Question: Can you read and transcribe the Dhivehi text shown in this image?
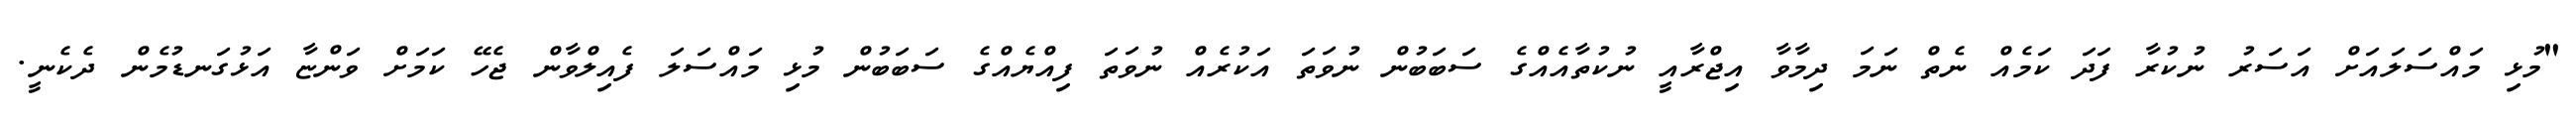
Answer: "މުޅި މައްސަލައަށް އަސަރު ނުކުރާ ފަދަ ކަމެއް ނެތް ނަމަ ދިމާވާ އިޖްރާއީ ނުކުތާއެއްގެ ސަބަބުން ނުވަތަ އަކުރެއް ނުވަތަ ފިއްޔެއްގެ ސަބަބުން މުޅި މައްސަލަ ފެއިލްވާން ޖެހޭ ކަމަށް ވަންޏާ އަޅުގަނޑުމެން ދެކެނީ.